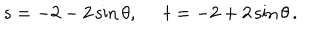
s = - 2 - 2 \sin \theta , \; \; t = - 2 + 2 \sin \theta \, .